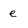
Character: e